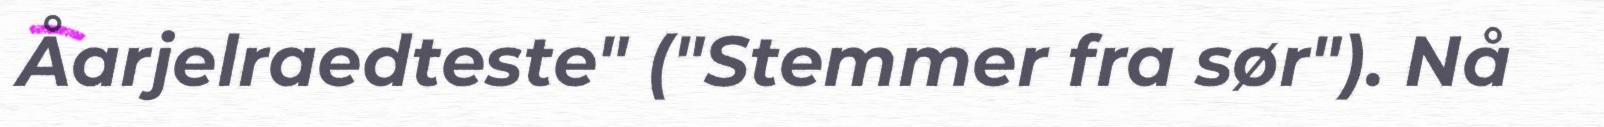
Åarjelraedteste" ("Stemmer fra sør"). Nå